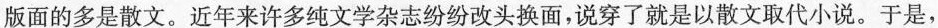
版面的多是散文。近年来许多纯文学杂志纷纷改头换面，说穿了就是以散文取代小说。于是，